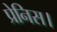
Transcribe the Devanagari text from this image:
प्रेनिस।